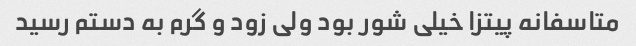
متاسفانه پیتزا خیلی شور بود ولی زود و گرم به دستم رسید